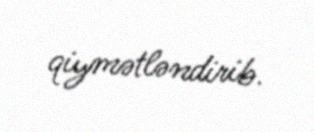
qiymətləndirib.